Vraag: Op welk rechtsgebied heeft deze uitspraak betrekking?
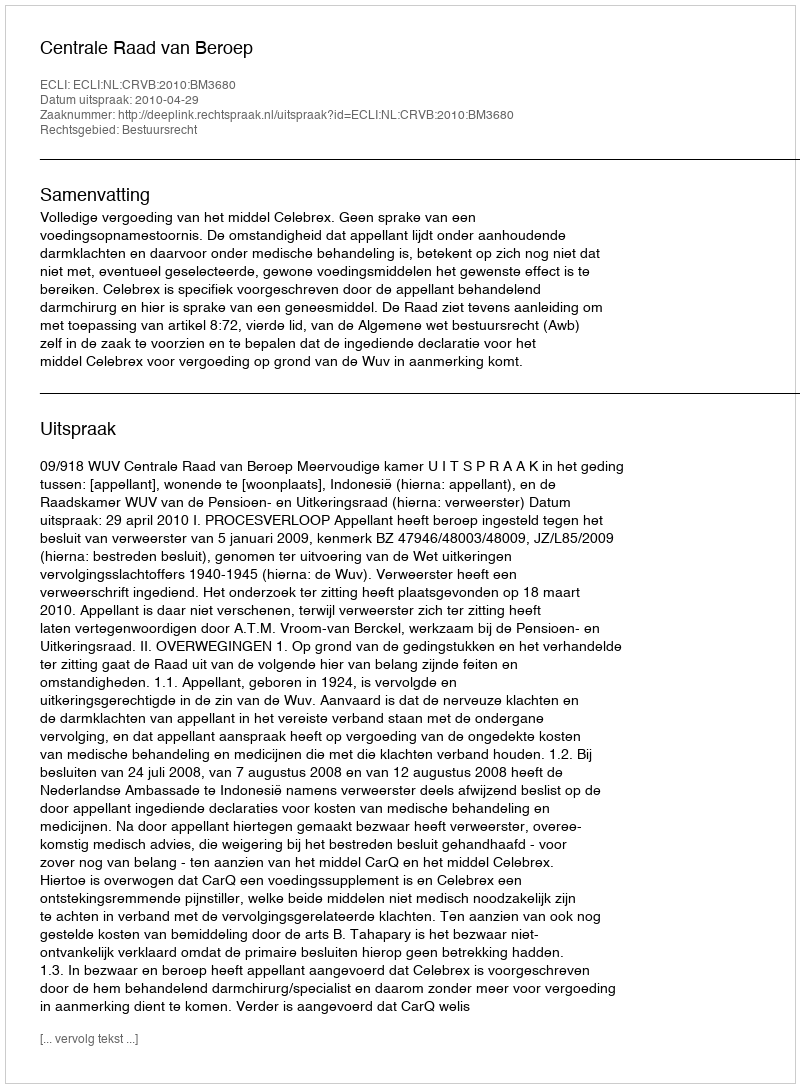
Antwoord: Bestuursrecht